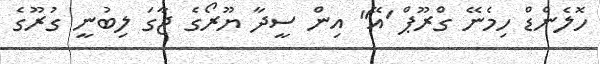
ހޮލެންޑް ހިމެނޭ ގްރޫޕް 'އޭ" އިން ސީދާ ޔޫރޯގެ ޖާގަ ލިބުނީ ގުރޫގެ